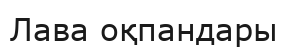
Лава оқпандары